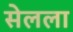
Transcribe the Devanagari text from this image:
सेलला